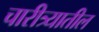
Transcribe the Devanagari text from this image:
चारीत्र्यातील